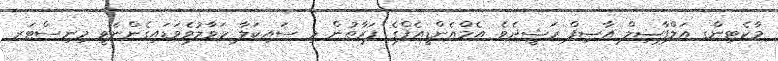
މާކެޓިންގ އަލްފާޟިލް އާޞިފް ރަޝީދެވެ. އެމްއެންޑީއެފްގެ ފަރާތުން މި ސައިކަލާ ހަވާލުވެެވަޑައިގެންނެވީ މިނިސްޓަރ